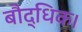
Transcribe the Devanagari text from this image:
बौद्धिक।